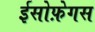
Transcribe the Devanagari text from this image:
ईसोफ़ेगस